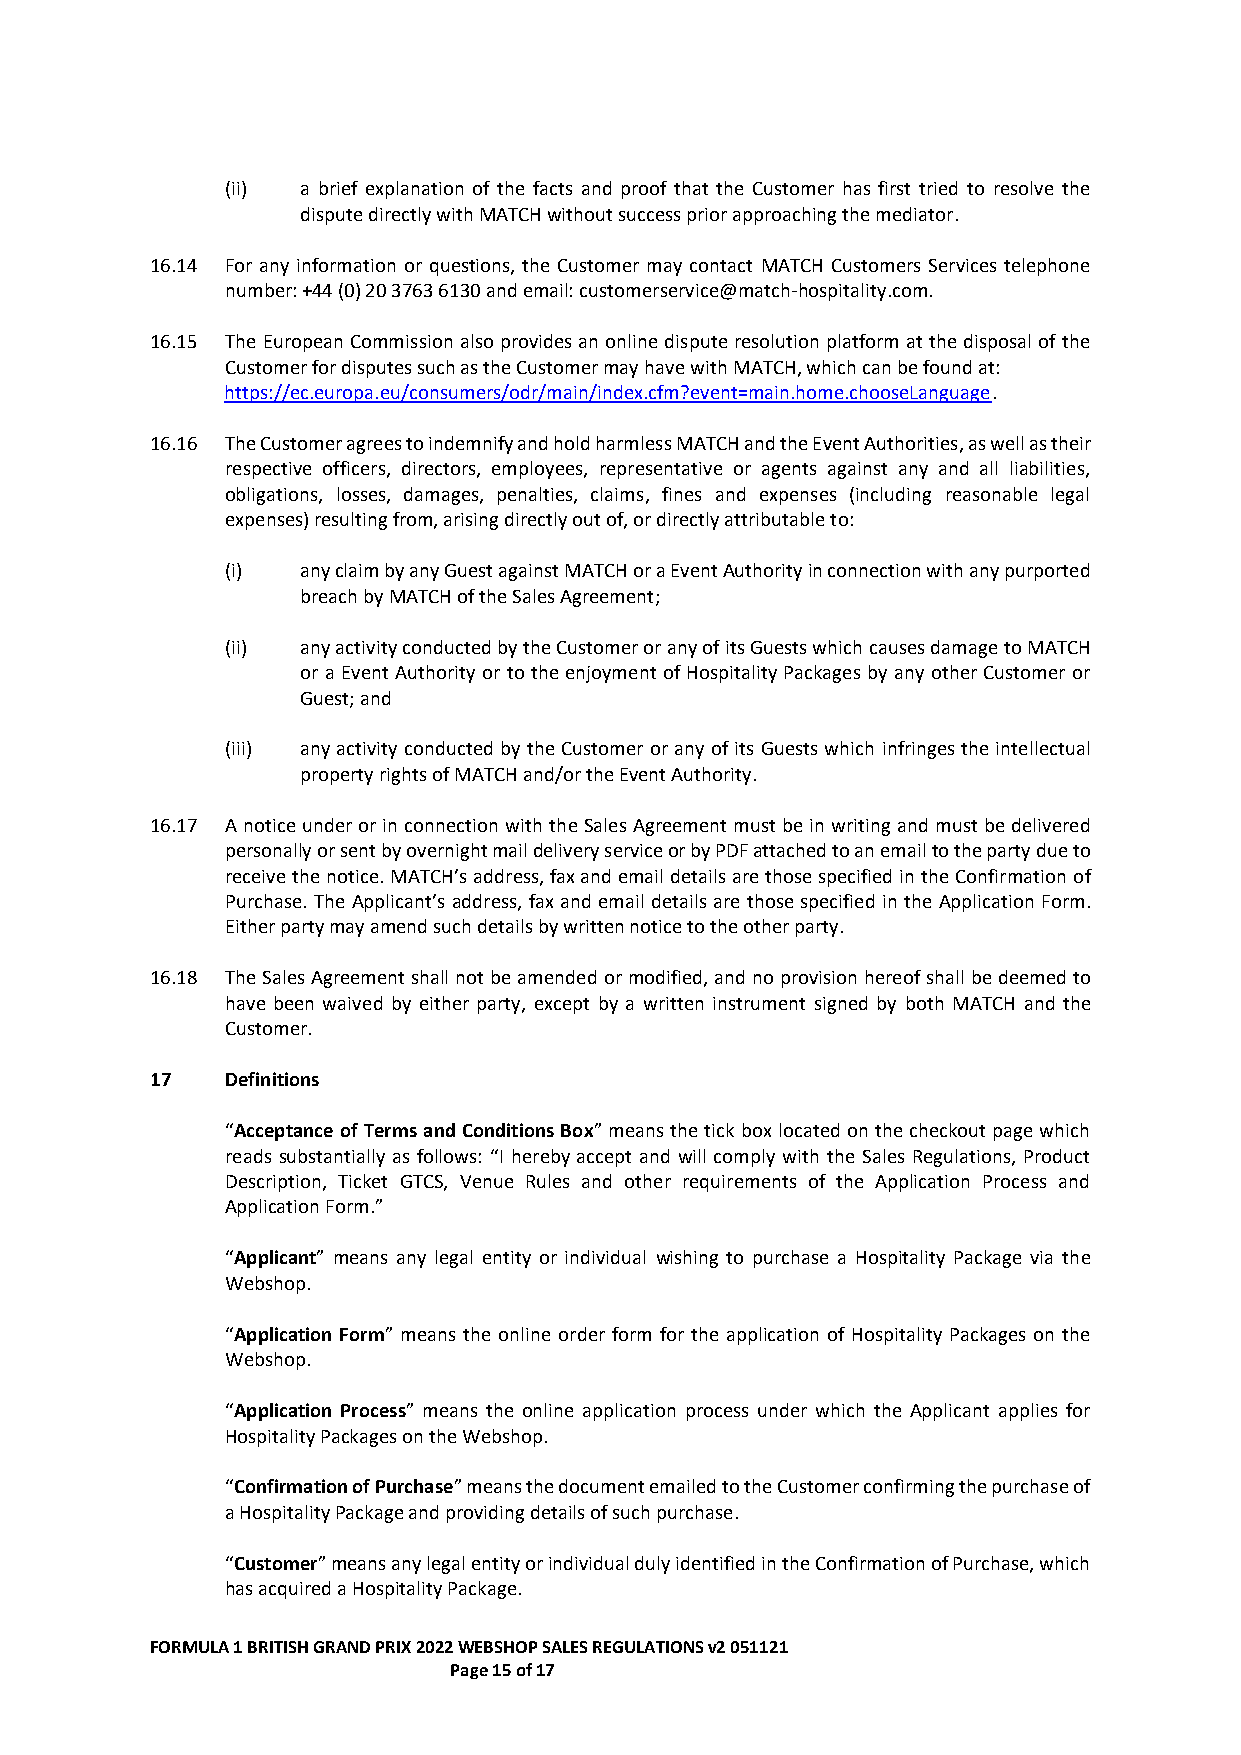
(ii) a brief explanation of the facts and proof that the Customer has first tried to resolve the
 dispute directly with MATCH without success prior approaching the mediator.
 16.14 For any information or questions, the Customer may contact MATCH Customers Services telephone
 number: +44 (0) 20 3763 6130 and email: customerservice@match-hospitality.com.
 16.15 The European Commission also provides an online dispute resolution platform at the disposal of the
 Customer for disputes such as the Customer may have with MATCH, which can be found at:
 https://ec.europa.eu/consumers/odr/main/index.cfm?event=main.home.chooseLanguage.
 16.16 The Customer agrees to indemnify and hold harmless MATCH and the Event Authorities, as well as their
 respective officers, directors, employees, representative or agents against any and all liabilities,
 obligations, losses, damages, penalties, claims, fines and expenses (including reasonable legal
 expenses) resulting from, arising directly out of, or directly attributable to:
 (i)  any claim by any Guest against MATCH or a Event Authority in connection with any purported
 breach by MATCH of the Sales Agreement;
 (ii) any activity conducted by the Customer or any of its Guests which causes damage to MATCH
 or a Event Authority or to the enjoyment of Hospitality Packages by any other Customer or
 Guest; and
 (iii) any activity conducted by the Customer or any of its Guests which infringes the intellectual
 property rights of MATCH and/or the Event Authority.
 16.17 A notice under or in connection with the Sales Agreement must be in writing and must be delivered
 personally or sent by overnight mail delivery service or by PDF attached to an email to the party due to
 receive the notice. MATCH’s address, fax and email details are those specified in the Confirmation of
 Purchase. The Applicant’s address, fax and email details are those specified in the Application Form.
 Either party may amend such details by written notice to the other party.
 16.18 The Sales Agreement shall not be amended or modified, and no provision hereof shall be deemed to
 have been waived by either party, except by a written instrument signed by both MATCH and the
 Customer.
 17   Definitions
 “Acceptance of Terms and Conditions Box” means the tick box located on the checkout page which
 reads substantially as follows: “I hereby accept and will comply with the Sales Regulations, Product
 Description, Ticket GTCS, Venue Rules and other requirements of the Application Process and
 Application Form.”
 “Applicant” means any legal entity or individual wishing to purchase a Hospitality Package via the
 Webshop.
 “Application Form” means the online order form for the application of Hospitality Packages on the
 Webshop.
 “Application Process” means the online application process under which the Applicant applies for
 Hospitality Packages on the Webshop.
 “Confirmation of Purchase” means the document emailed to the Customer confirming the purchase of
 a Hospitality Package and providing details of such purchase.
 “Customer” means any legal entity or individual duly identified in the Confirmation of Purchase, which
 has acquired a Hospitality Package.
 FORMULA 1 BRITISH GRAND PRIX 2022 WEBSHOP SALES REGULATIONS v2 051121
 Page 15 of 17